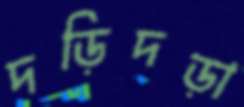
দড়িদড়া